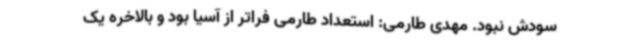
سودش نبود. مهدی طارمی: استعداد طارمی فراتر از آسیا بود و بالاخره یک